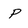
Character: p